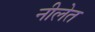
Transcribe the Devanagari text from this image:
नीलेत